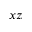
x z